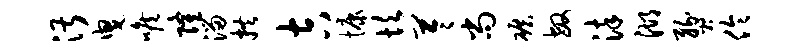
湛曳喉隆溜拱吉慷坎苓尚碾敏染湖燹伶